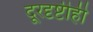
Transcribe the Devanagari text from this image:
दूरदृष्टीही